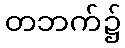
တဘက်၌